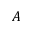
\boldsymbol { A }